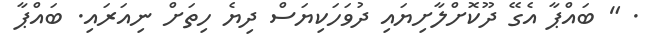
. " ބައްޕާ އެގޭ ދޫކޮށްލާށިޔައި ދުވަހަކިޔަސް ދިޔެ ހިތަށް ނިއަރައި. ބައްޕާ